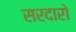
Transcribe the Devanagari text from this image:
सरदारो